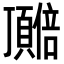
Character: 𬱎